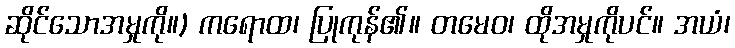
ဆိုင်သောအမှုကို။) ကရောထ၊ ပြုကုန်၏။ တမေဝ၊ ထိုအမှုကိုပင်။ အယံ၊